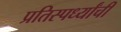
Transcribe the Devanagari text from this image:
प्रतिस्पर्ध्यांची